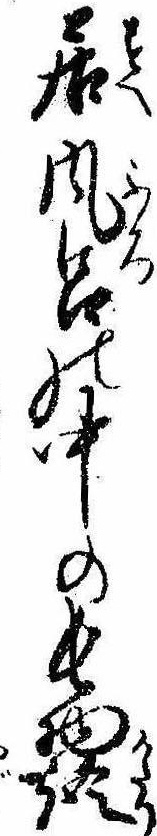
居風呂の中の長物語